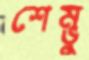
শেম্ভু